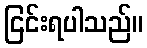
ငြင်းရပါသည်။